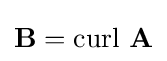
\mathbf {B} =\mathrm {curl} \,\,\mathbf {A}